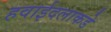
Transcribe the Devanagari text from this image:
हवाईदलाकडे